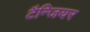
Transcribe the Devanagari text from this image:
टैन्जियर